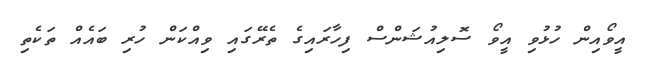
އީވޯއިން ހުޅުވި އީވޯ ސޮލިއުޝަންސް ފިހާރައިގެ ތެރޭގައި ވިއްކަން ހުރި ބައެއް ތަކެތި